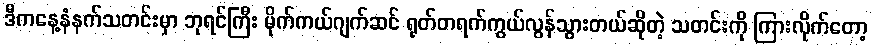
ဒီကနေ့နံနက်သတင်းမှာ ဘုရင်ကြီး မိုက်ကယ်ဂျက်ဆင် ရုတ်တရက်ကွယ်လွန်သွားတယ်ဆိုတဲ့ သတင်းကို ကြားလိုက်တော့